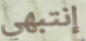
إنتبهي